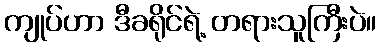
ကျုပ်ဟာ ဒီခရိုင်ရဲ့ တရားသူကြီးပဲ။